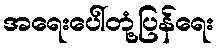
အရေးပေါ်တုံ့ပြန်ရေး